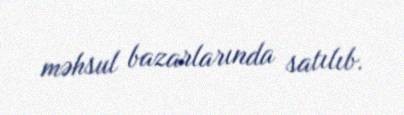
məhsul bazarlarında satılıb.